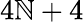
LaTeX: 4\mathbb{N}+4